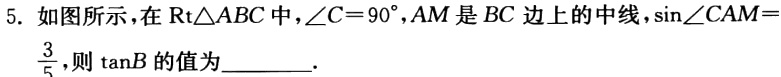
5. 如图所示，在$\text{Rt}\triangle ABC$中，$\angle C = 90^{\circ}$，$AM$是$BC$边上的中线，$\sin\angle CAM = \frac{3}{5}$，则$\tan B$的值为________.